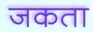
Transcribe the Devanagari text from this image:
जकता